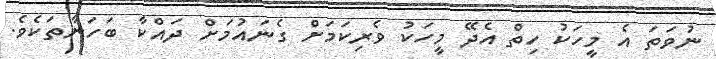
ނުވަތަ އެ މީހަކު ހިތް އެދޭ މީހަކު ވެރިކަމަށް ގެނައުމަށް ދައްކާ ބަހަނާތަކެވެ.